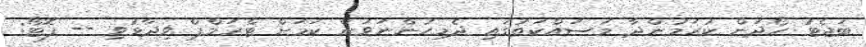
ބަޖެޓު ހޯދަން ކުރަމުންދާ މަސައްކަތުގައި ދެމިހުންނަވަން ކަމަށް ޓްރަމްޕް ވިދާޅުވި -- ފޮޓޯ: